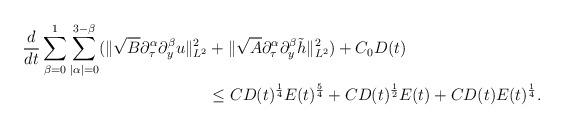
LaTeX: \begin{align*}\frac d{dt}\sum\limits_{\beta=0}^{1}\sum\limits_{|\alpha|=0}^{3-\beta}(\|\sqrt{B}\partial_\tau^\alpha\partial_y^\beta u\|_{L^2}^2&+\|\sqrt{A}\partial_\tau^\alpha\partial_y^\beta\tilde{h}\|_{L^2}^2)+C_0D(t) \\&\le CD(t)^{\frac 14}E(t)^{\frac54}+CD(t)^{\frac 12}E(t)+CD(t)E(t)^{\frac14}.\end{align*}